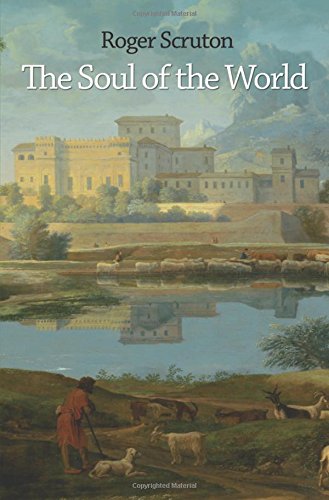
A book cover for The Soul of the World; Roger Scruton; Politics & Social Sciences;